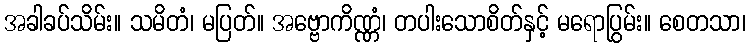
အခါခပ်သိမ်း။ သမိတံ၊ မပြတ်။ အဗ္ဗောကိဏ္ဏံ၊ တပါးသောစိတ်နှင့် မရောပြွမ်း။ စေတသာ၊